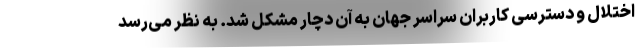
اختلال و دسترسی کاربران سراسر جهان به آن دچار مشکل شد. به نظر می‌رسد